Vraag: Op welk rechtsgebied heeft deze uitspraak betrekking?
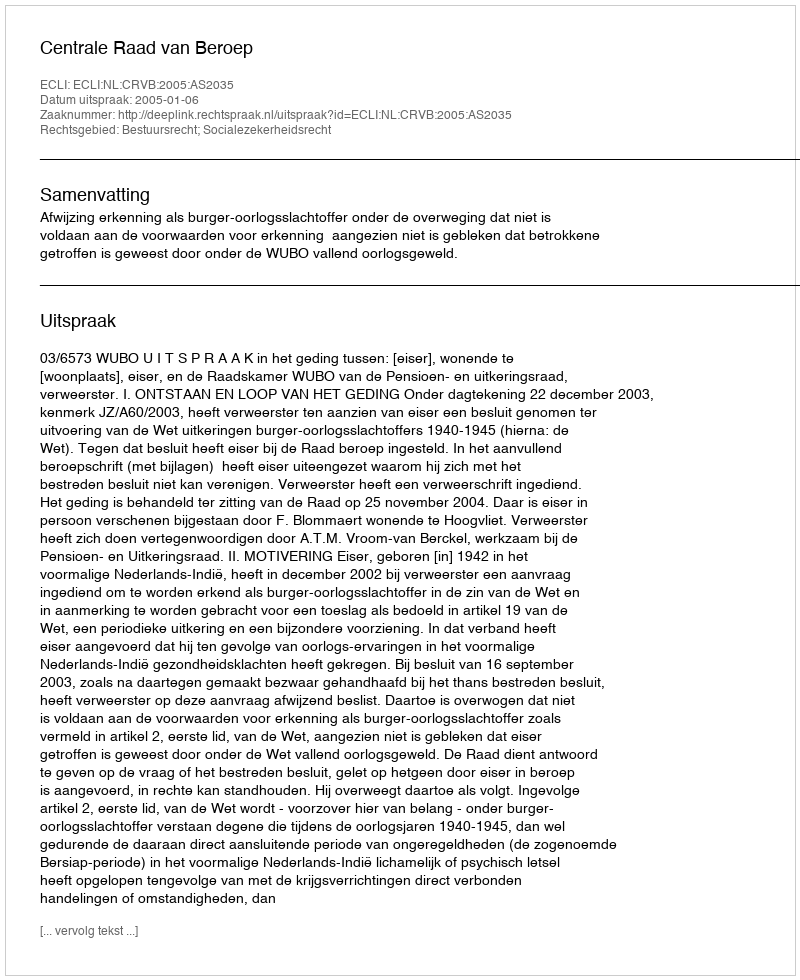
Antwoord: Bestuursrecht; Socialezekerheidsrecht